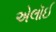
એલૉઈ